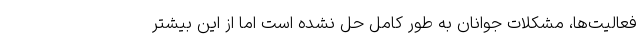
فعالیت‌ها، مشکلات جوانان به طور کامل حل نشده است اما از این بیشتر